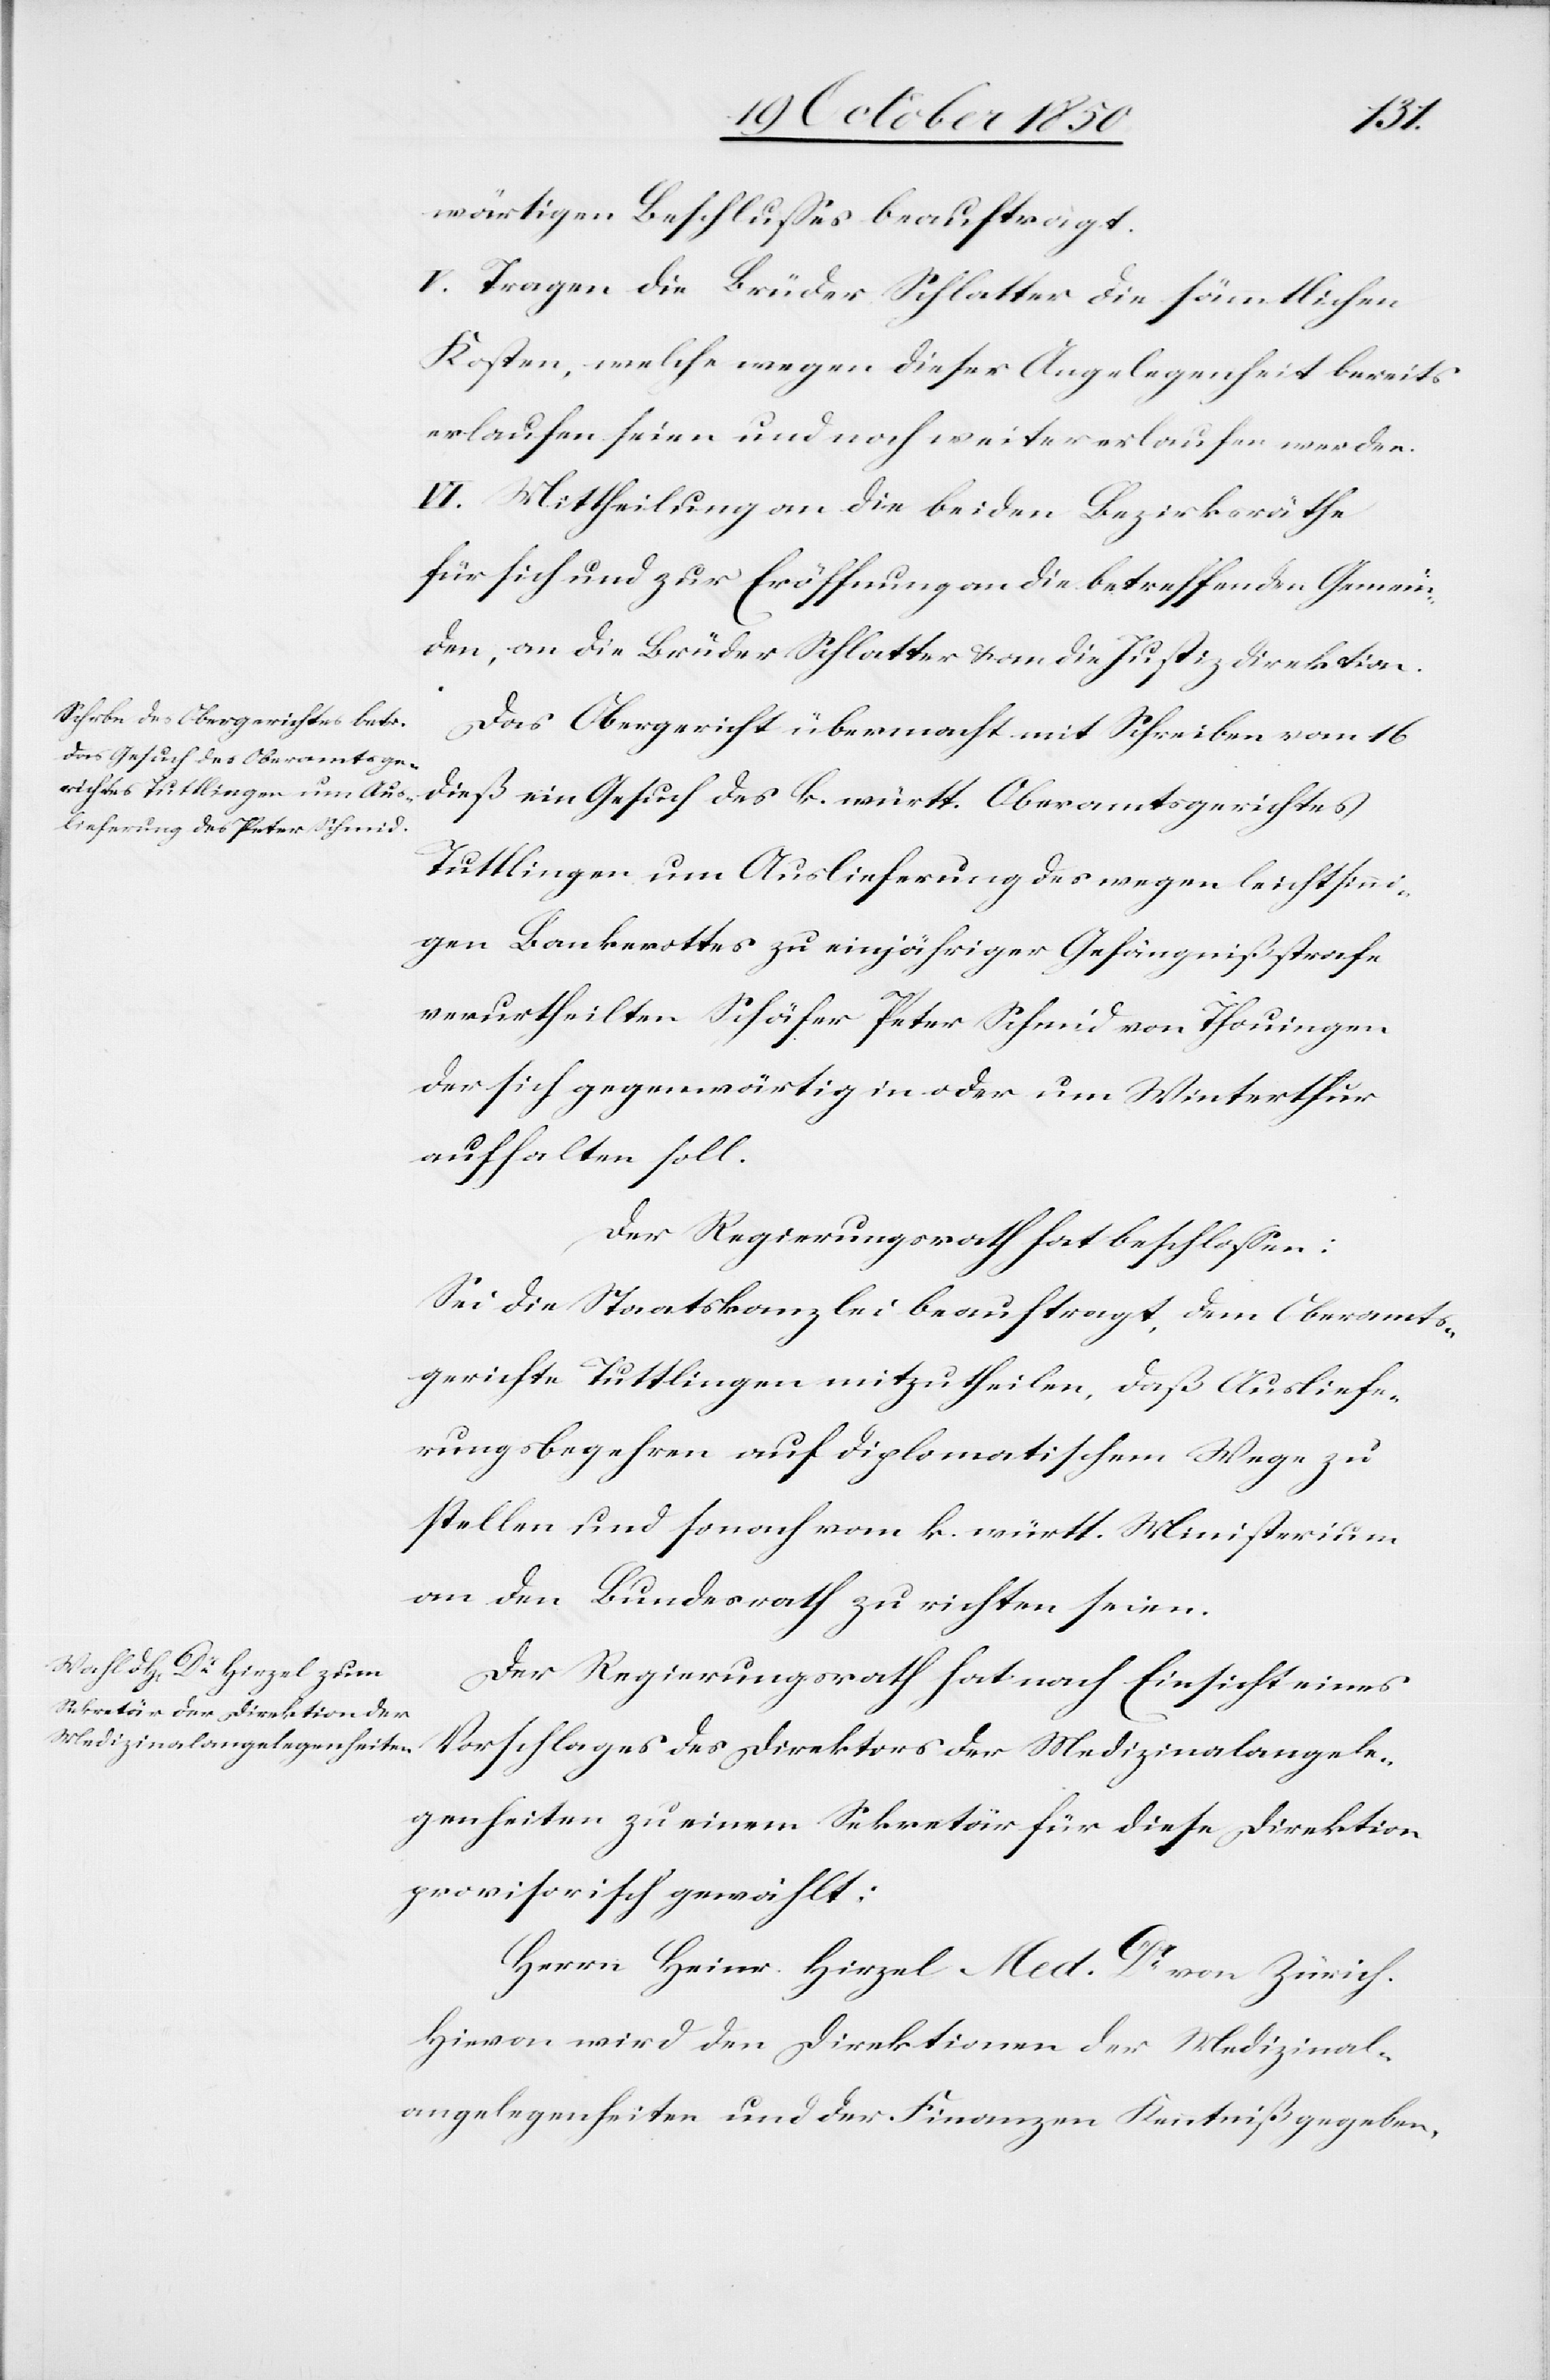
wärtigen Beschlusses beauftragt.
V. Tragen die Brüder Schlatter die sämmtlichen
Kosten, welche wegen dieser Angelegenheit bereits
erlaufen seien und noch weiter erlaufen werden.
VI. Mittheilung an die beiden Bezirksräthe
für sich und zur Eröffnung an die betreffenden Gemein¬
den, an die Brüder Schlatter & an die Justizdirektion.
Das Obergericht übermacht mit Schreiben vom 16
dieß ein Gesuch des k. württ. Oberamtsgerichtes
Tuttlingen um Auslieferung des wegen leichtsinni¬
gen Bankerottes zu einjähriger Gefängnißstrafe
verurtheilten Schäfer Peter Schmid von Thouingen
der sich gegenwärtig in oder um Winterthur
aufhalten soll.
Der Regierungsrath hat beschlossen:
Sei die Staatskanzlei beauftragt, dem Oberamts¬
gerichte Tuttlingen mitzutheilen, daß Ausliefe¬
rungsbegehren auf diplomatischem Wege zu
stellen und sonach vom k. württ. Ministerium
an den Bundesrath zu richten seien.
Der Regierungsrath hat nach Einsicht eines
Vorschlages des Direktors der Medizinalangele¬
genheiten zu einem Sekretär für dieses Direktion
provisorisch gewählt:
Herrn Heinr. Hirzel Med. Dr von Zürich.
Hievon wird den Direktionen der Medizinal¬
angelegenheiten und der Finanzen Kenntniß gegeben,